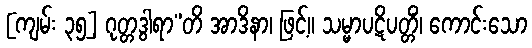
[ကျမ်း ၃၅] ဂုတ္တဒွါရာ”တိ အာဒိနာ၊ ဖြင့်။ သမ္မာပဋိပတ္တိံ၊ ကောင်းသော